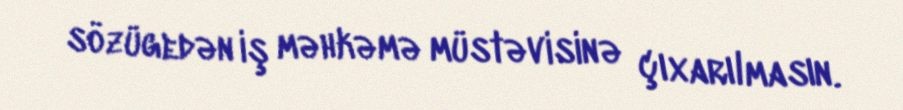
sözügedən iş məhkəmə müstəvisinə çıxarılmasın.